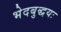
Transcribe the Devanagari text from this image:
भेदबुद्धयः